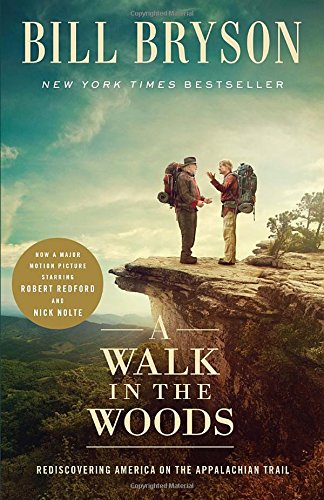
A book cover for A Walk in the Woods (Movie Tie-In): Rediscovering America on the Appalachian Trail; Bill Bryson; Science & Math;